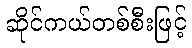
ဆိုင်ကယ်တစ်စီးဖြင့်